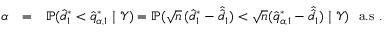
\begin{array} { r l r } { \alpha } & { = } & { \mathbb { P } ( \hat { d } _ { 1 } ^ { * } < \hat { q } _ { \alpha , 1 } ^ { * } \mid \mathcal { Y } ) = \mathbb { P } ( \sqrt { n } \thinspace ( \hat { d } _ { 1 } ^ { * } - \hat { \hat { d } } _ { 1 } ) < \sqrt { n } ( \hat { q } _ { \alpha , 1 } ^ { * } - \hat { \hat { d } } _ { 1 } ) \mid \mathcal { Y } ) \ \mathrm { ~ a . s ~ } . } \end{array}